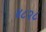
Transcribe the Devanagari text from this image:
४८२८